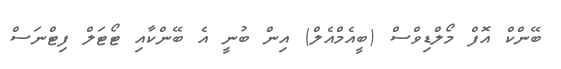
ބޭންކް އޮފް މޯލްޑިވްސް (ބީއެމްއެލް) އިން ބުނީ އެ ބޭންކާއި ޓޯޓަލް ފިޓްނަސް